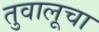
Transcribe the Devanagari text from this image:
तुवालूचा